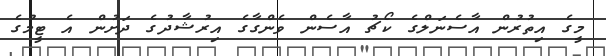
މީގެ އިތުރުން އާސެނަލްގެ ކޯޗު އާސެން ވެންގާގެ އިރުޝާދުގެ ދަށުން އެ ޓީމުގެ